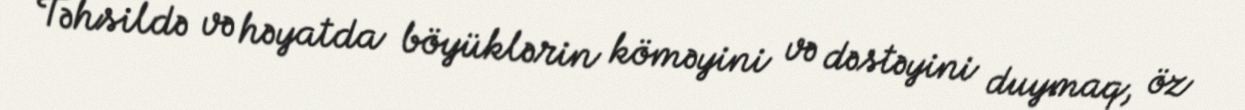
Təhsildə və həyatda böyüklərin köməyini və dəstəyini duymaq, öz